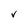
Character: V